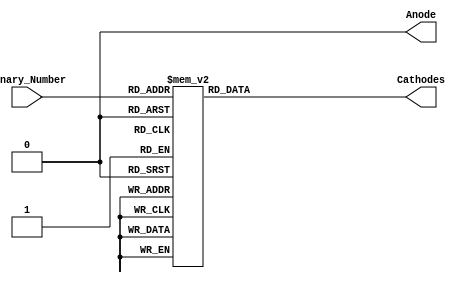
module Problem1(
    input [3:0] Binary_Number,
    output reg [6:0] Cathodes,
    output reg Anode
    );
    // Cathode 0 is A 
    always @ ( Binary_Number)
    begin
        Anode = 0;
        case(Binary_Number)
            4'b0000: begin			// number 0 
                 Cathodes[0] = 0;
                 Cathodes[1] = 0;
                 Cathodes[2] = 0;
                 Cathodes[3] = 0;
                 Cathodes[4] = 0;
                 Cathodes[5] = 0; 
                 Cathodes[6] = 1;
                 end
        
        4'b0001: begin				// number 1
                 Cathodes[0] = 1;
                 Cathodes[1] = 0;
                 Cathodes[2] = 0;
                 Cathodes[3] = 1;
                 Cathodes[4] = 1;
                 Cathodes[5] = 1;
                 Cathodes[6] = 1;
                 end
        
        4'b0010: begin				//number 2
                 Cathodes[0] = 0;
                 Cathodes[1] = 0;
                 Cathodes[2] = 1;
                 Cathodes[3] = 0;
                 Cathodes[4] = 0;
                 Cathodes[5] = 1;
                 Cathodes[6] = 0;
                 end
        
        4'b0011: begin				// number 3
                 Cathodes[0] = 0;
                 Cathodes[1] = 0;
                 Cathodes[2] = 0;
                 Cathodes[3] = 0;
                 Cathodes[4] = 1;
                 Cathodes[5] = 1;
                 Cathodes[6] = 0;
                 end
        
        4'b0100: begin			// number 4
                 Cathodes[0] = 1;
                 Cathodes[1] = 0;
                 Cathodes[2] = 0;
                 Cathodes[3] = 1;
                 Cathodes[4] = 1;
                 Cathodes[5] = 0;
                 Cathodes[6] = 0;
                 end
        
        4'b0101: begin				// number 5
                 Cathodes[0] = 0;
                 Cathodes[1] = 1;
                 Cathodes[2] = 0;
                 Cathodes[3] = 0;
                 Cathodes[4] = 1;
                 Cathodes[5] = 0;
                 Cathodes[6] = 0;
                 end
        
        4'b0110: begin				// number 6
                 Cathodes[0] = 0;
                 Cathodes[1] = 1;
                 Cathodes[2] = 0;
                 Cathodes[3] = 0;
                 Cathodes[4] = 0;
                 Cathodes[5] = 0;
                 Cathodes[6] = 0;
                 end
        
        4'b0111: begin				// number 7
                 Cathodes[0] = 0;
                 Cathodes[1] = 0;
                 Cathodes[2] = 0;
                 Cathodes[3] = 1;
                 Cathodes[4] = 1;
                 Cathodes[5] = 1;
                 Cathodes[6] = 1;
                 end
        
        4'b1000: begin				// number 8
                 Cathodes[0] = 0;
                 Cathodes[1] = 0;
                 Cathodes[2] = 0;
                 Cathodes[3] = 0;
                 Cathodes[4] = 0;
                 Cathodes[5] = 0;
                 Cathodes[6] = 0;
                 end
        
        4'b1001: begin				// number 9
                 Cathodes[0] = 0;
                 Cathodes[1] = 0;
                 Cathodes[2] = 0;
                 Cathodes[3] = 0;
                 Cathodes[4] = 1;
                 Cathodes[5] = 0;
                 Cathodes[6] = 0;
                 end
        
        4'b1010: begin				// capital A
                 Cathodes[0] = 0;
                 Cathodes[1] = 0;
                 Cathodes[2] = 0;
                 Cathodes[3] = 1;
                 Cathodes[4] = 0;
                 Cathodes[5] = 0;
                 Cathodes[6] = 0;
                 end
        
        4'b1011: begin				// lowercase b
                 Cathodes[0] = 1;
                 Cathodes[1] = 1;
                 Cathodes[2] = 0;
                 Cathodes[3] = 0;
                 Cathodes[4] = 0;
                 Cathodes[5] = 0;
                 Cathodes[6] = 0;
                 end
        
        4'b1100: begin				// lowercase c
                 Cathodes[0] = 1;
                 Cathodes[1] = 1;
                 Cathodes[2] = 1;
                 Cathodes[3] = 0;
                 Cathodes[4] = 0;
                 Cathodes[5] = 1;
                 Cathodes[6] = 0;
                 end
        
        4'b1101: begin				// lowercase d
                 Cathodes[0] = 1;
                 Cathodes[1] = 0;
                 Cathodes[2] = 0;
                 Cathodes[3] = 0;
                 Cathodes[4] = 0;
                 Cathodes[5] = 1;
                 Cathodes[6] = 0;
                 end
        
        4'b1110: begin				// capital E
                 Cathodes[0] = 0;
                 Cathodes[1] = 1;
                 Cathodes[2] = 1;
                 Cathodes[3] = 0;
                 Cathodes[4] = 0;
                 Cathodes[5] = 0;
                 Cathodes[6] = 0;
                 end
        
        4'b1111: begin				// capital F 
                 Cathodes[0] = 0;
                 Cathodes[1] = 1;
                 Cathodes[2] = 1;
                 Cathodes[3] = 1;
                 Cathodes[4] = 0;
                 Cathodes[5] = 0;
                 Cathodes[6] = 0;
                 end
            endcase
    end
    
    
endmodule